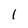
Character: 1